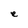
Character: e